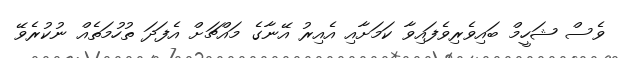
ވެސް ޝަހީމް ބައިވެރިވެފައިވާ ކަމަށާއި އެއިރު އޭނާގެ މައްޗަށް އެފަދަ ތުހުމަތެއް ނުކުރެވޭ